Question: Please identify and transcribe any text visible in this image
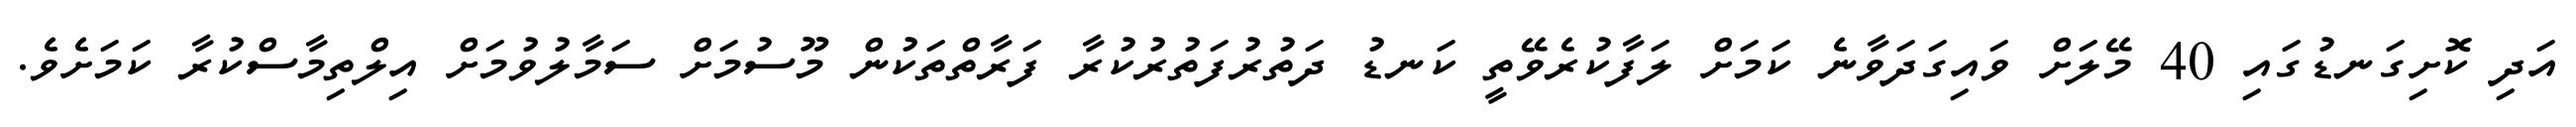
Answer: އަދި ކޮށިގަނޑުގައި 40 މޭލަށް ވައިގަދަވާނެ ކަމަށް ލަފާކުރެވޭތީ ކަނޑު ދަތުރުފަތުރުކުރާ ފަރާތްތަކުން މޫސުމަށް ސަމާލުވުމަށް އިލްތިމާސްކުރާ ކަމަށެވެ.